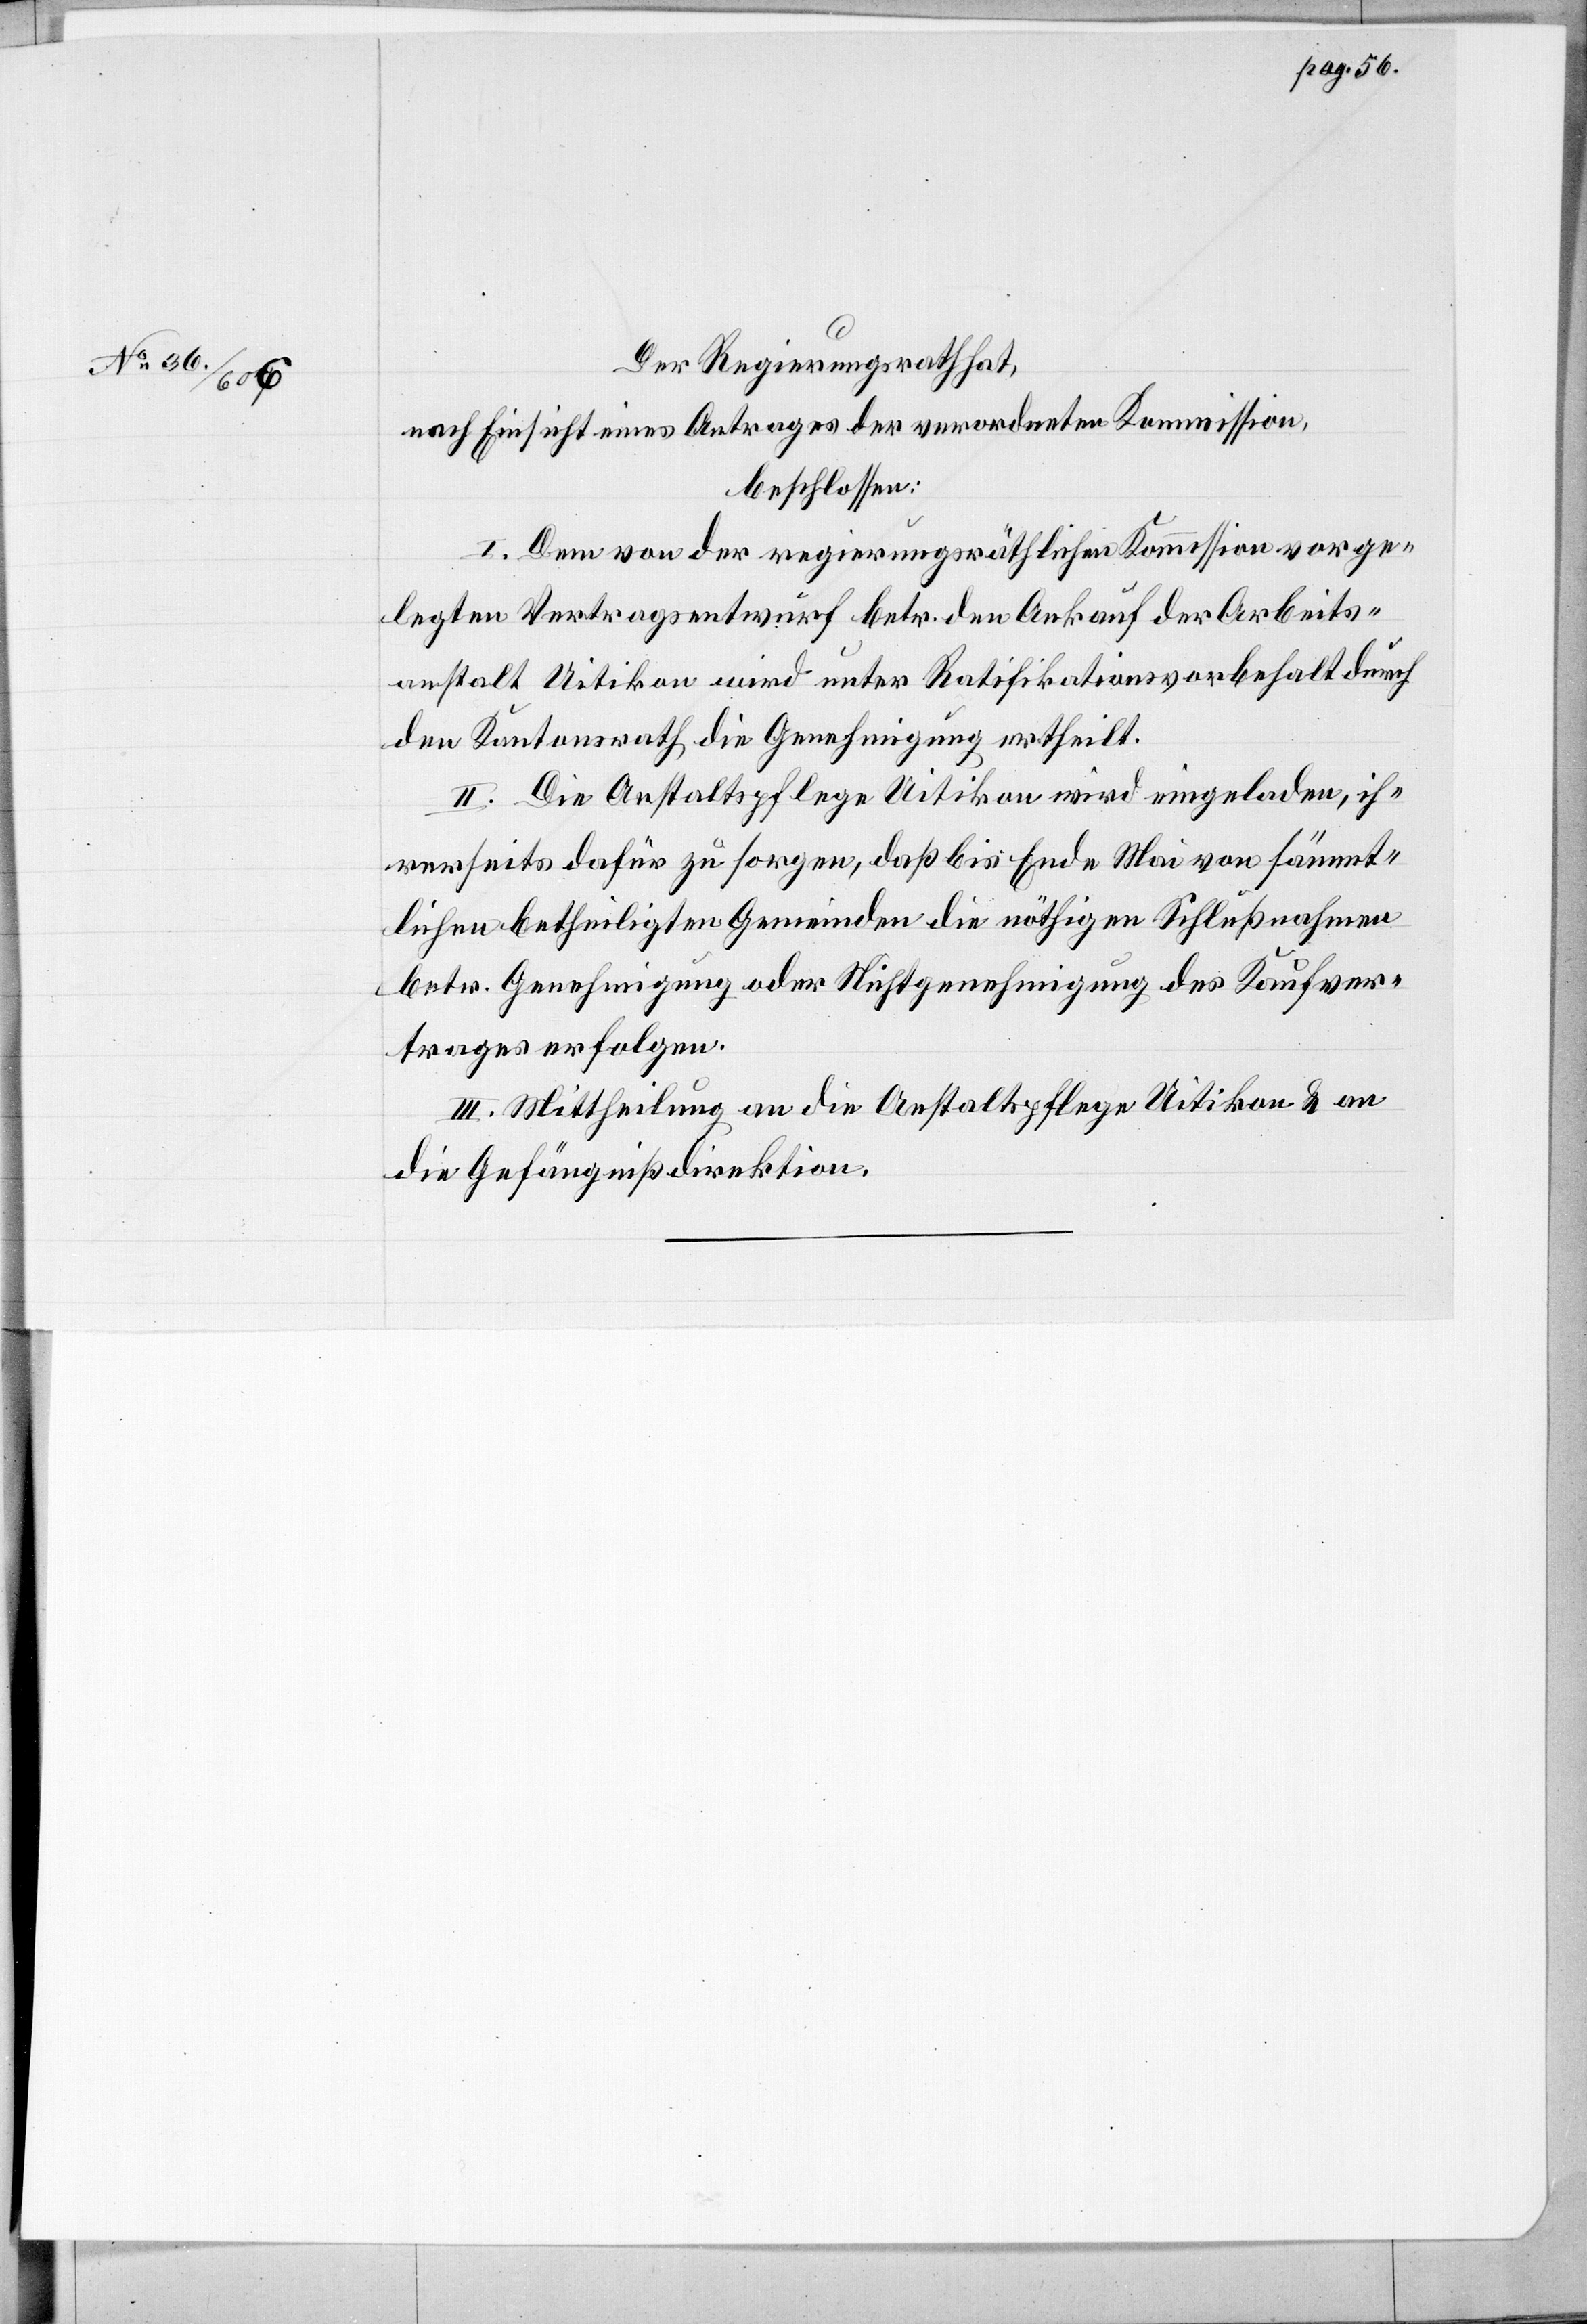
den Regierungsrath zu
nach Einsicht eines Antrages der Direktion des Innern,